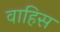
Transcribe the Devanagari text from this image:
वाहिस